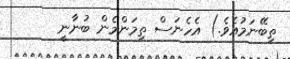
ތިބޭނަމުއެވެ.) އެހެނަސް ތިމަންމެން ބުނާނީ